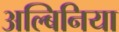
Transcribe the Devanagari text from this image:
अल्बिनिया